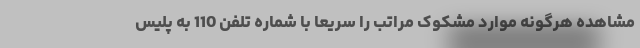
مشاهده هرگونه موارد مشکوک مراتب را سریعاً با شماره تلفن 110 به پلیس